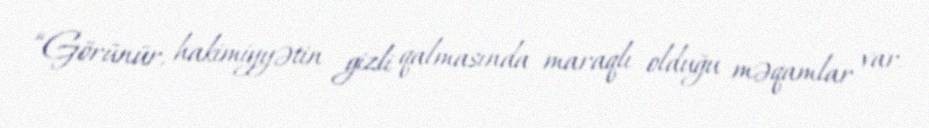
“Görünür, hakimiyyətin gizli qalmasında maraqlı olduğu məqamlar var.